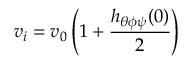
v _ { i } = v _ { 0 } \left( 1 + \frac { h _ { \theta \phi \psi } ( 0 ) } { 2 } \right)